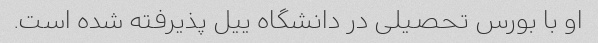
او با بورس تحصیلی در دانشگاه ییل پذیرفته شده است.